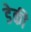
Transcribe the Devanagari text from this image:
डेकी